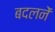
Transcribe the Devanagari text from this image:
बदलनें